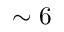
\sim 6